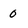
Character: 0